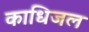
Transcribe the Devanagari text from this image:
काधिजल